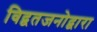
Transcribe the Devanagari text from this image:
विद्वतजनोद्वारा